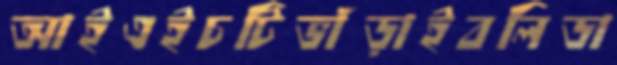
আইএইচটিভাঁড়াইবলিডা